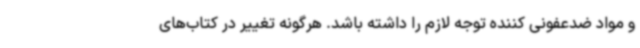
و مواد ضدعفونی کننده توجه لازم را داشته باشد. هرگونه تغییر در کتاب‌های